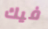
فيك